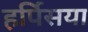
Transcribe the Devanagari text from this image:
हर्पिसया